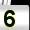
Digit: 5